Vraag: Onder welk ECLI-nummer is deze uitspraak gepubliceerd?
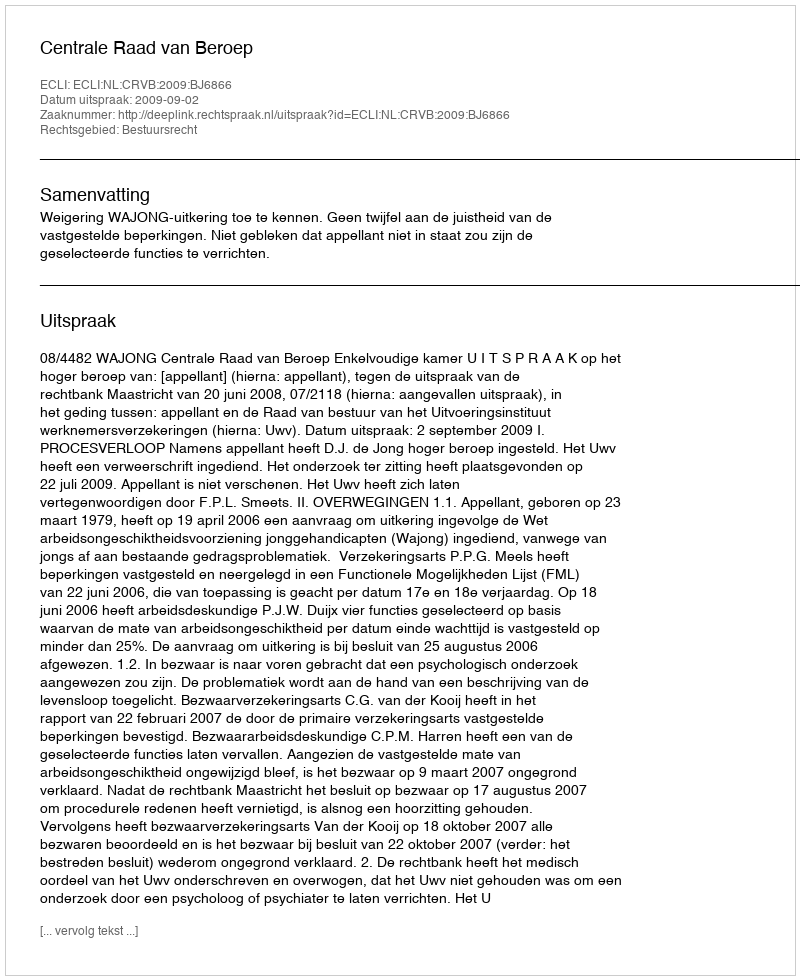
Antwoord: ECLI:NL:CRVB:2009:BJ6866